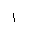
Letter: _alif